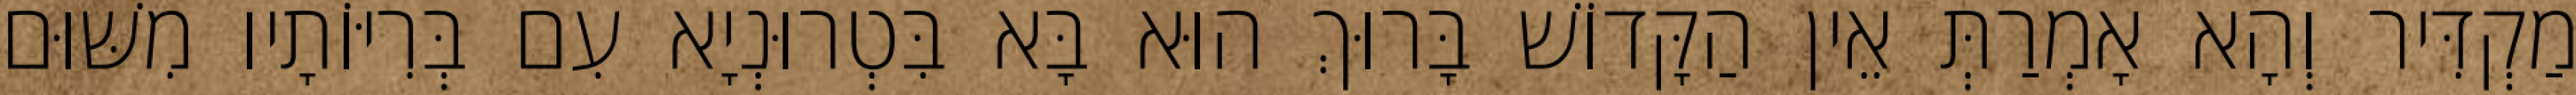
מַקְדִּיר וְהָא אָמְרַתְּ אֵין הַקָּדוֹשׁ בָּרוּךְ הוּא בָּא בִּטְרוּנְיָא עִם בְּרִיּוֹתָיו מִשּׁוּם